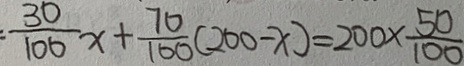
\frac { 3 0 } { 1 0 0 } x + \frac { 7 0 } { 1 0 0 } ( 2 0 0 - x ) = 2 0 0 \times \frac { 5 0 } { 1 0 0 }